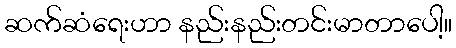
ဆက်ဆံရေးဟာ နည်းနည်းတင်းမာတာပေါ့။